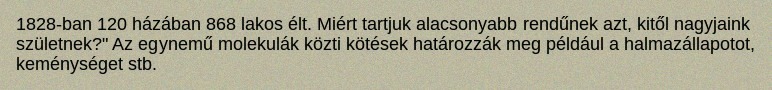
1828-ban 120 házában 868 lakos élt. Miért tartjuk alacsonyabb rendűnek azt, kitől nagyjaink születnek?" Az egynemű molekulák közti kötések határozzák meg például a halmazállapotot, keménységet stb.